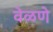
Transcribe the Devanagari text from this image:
वेळणे